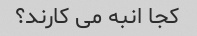
کجا انبه می کارند؟